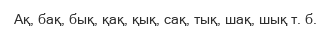
Ақ, бақ, бық, қақ, қық, сақ, тық, шақ, шық т. б.